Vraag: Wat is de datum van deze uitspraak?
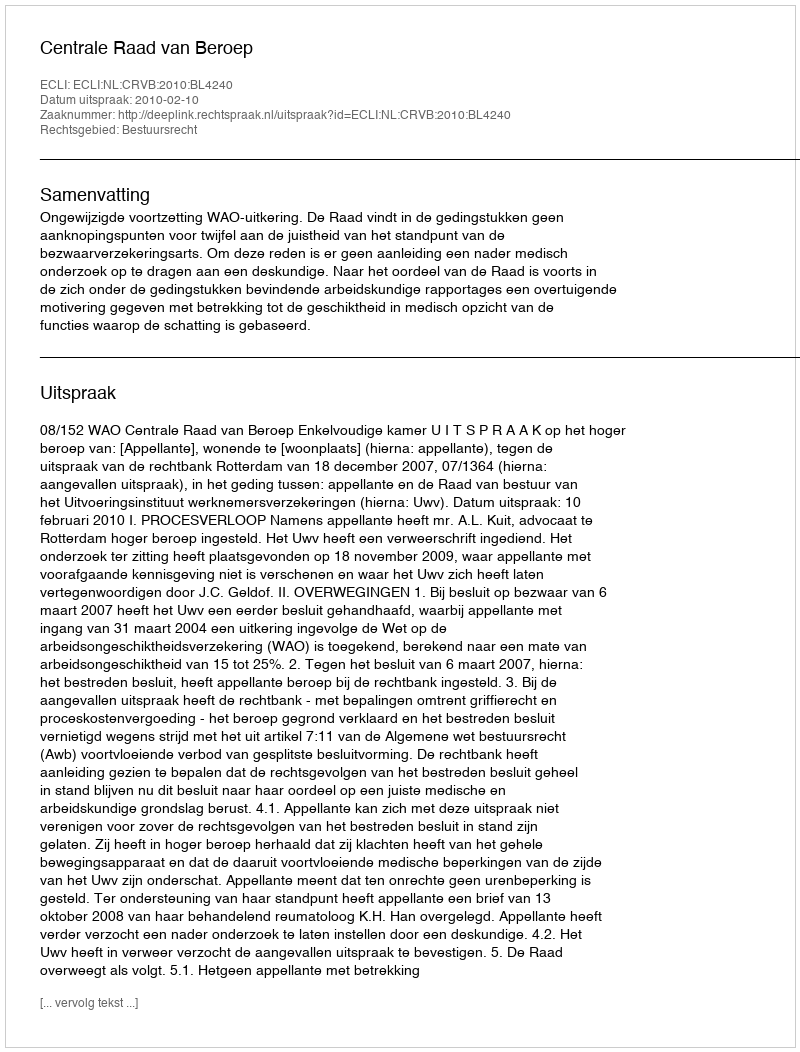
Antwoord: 2010-02-10